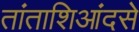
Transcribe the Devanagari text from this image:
तांताशिआंदसे